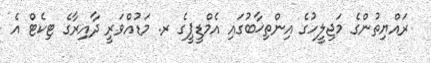
ރައްޔިތުންގެ މަޖިލީހުގެ އިންތިޚާބުގައި އެމްޑީޕީގެ ރ. މަޑުއްވަރީ ދާއިރާގެ ޓިކެޓް އެ